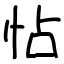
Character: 怗